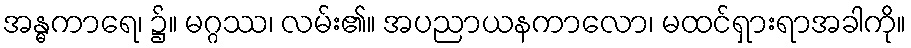
အန္ဓကာရေ၊ ၌။ မဂ္ဂဿ၊ လမ်း၏။ အပညာယနကာလော၊ မထင်ရှားရာအခါကို။